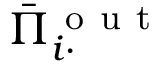
\bar { \Pi } _ { i \cdot } ^ { \mathrm { ~ o ~ u ~ t ~ } }